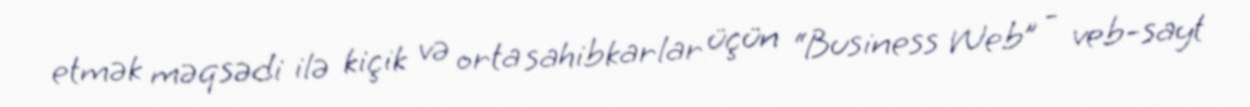
etmək məqsədi ilə kiçik və orta sahibkarlar üçün “Business Web” - veb-sayt